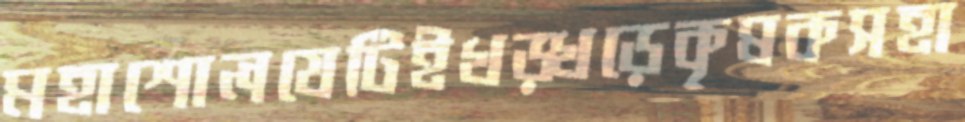
মহাশোলযেটিইখড়্‌খড়েকৃষকসহা